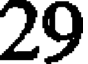
29